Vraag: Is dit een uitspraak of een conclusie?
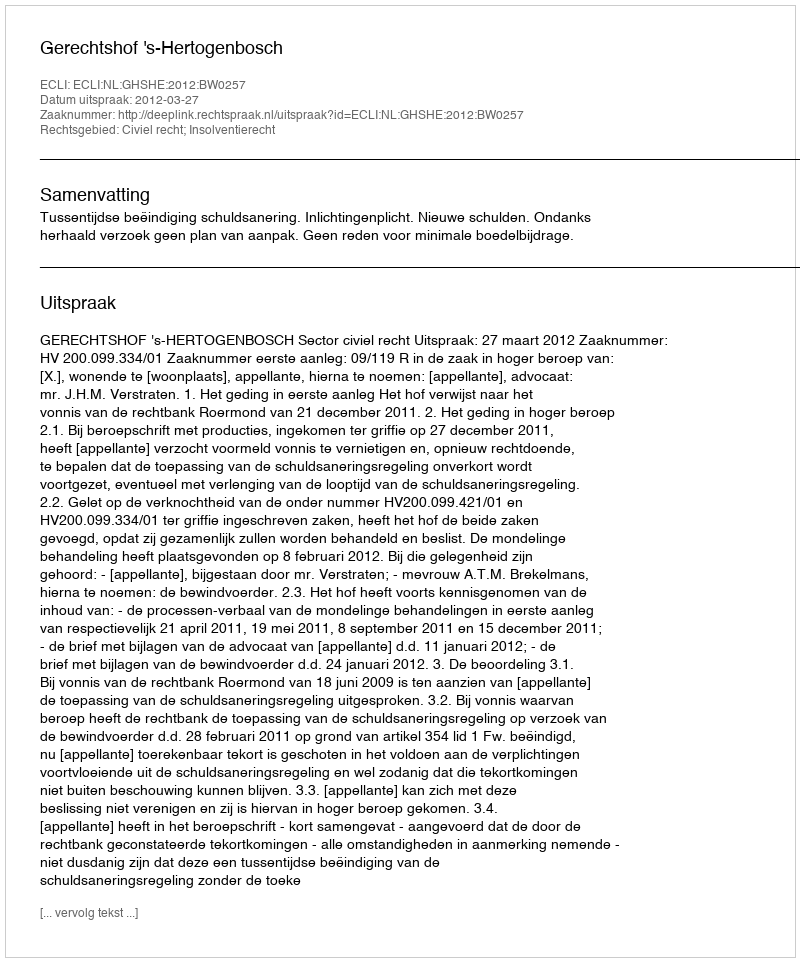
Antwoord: Uitspraak